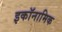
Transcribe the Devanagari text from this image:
इकॉनामिक